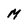
Character: M